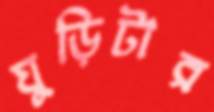
ঘুড়িটার